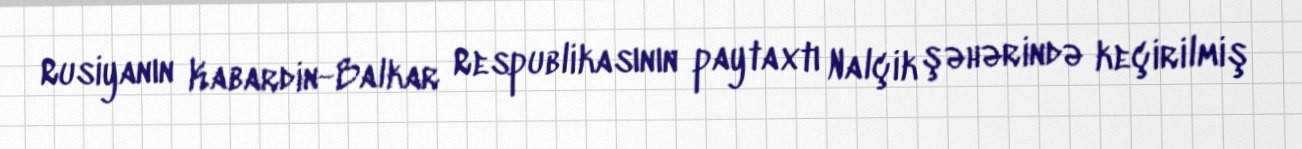
Rusiyanın Kabardin-Balkar Respublikasının paytaxtı Nalçik şəhərində keçirilmiş